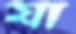
যা